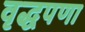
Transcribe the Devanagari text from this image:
वृद्धपणा